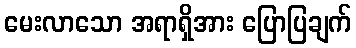
မေးလာသော အရာရှိအား ပြောပြချက်